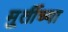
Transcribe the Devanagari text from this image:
मु्र्तीच्या